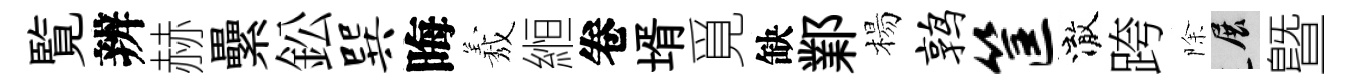
覧辨赫纍鈆巽晦𦏁縆卷壻覓缺鄴楊鹑筐澈跨除展曁